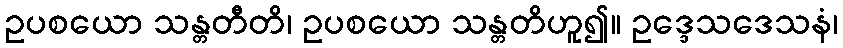
ဥပစယော သန္တတီတိ၊ ဥပစယော သန္တတိဟူ၍။ ဥဒ္ဒေသဒေသနံ၊